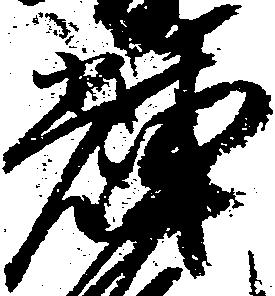
輝